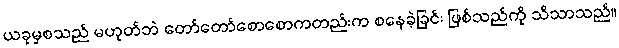
ယခုမှစသည် မဟုတ်ဘဲ တော်တော်စောစောကတည်းက စနေခဲ့ခြင်း ဖြစ်သည်ကို သိသာသည်။